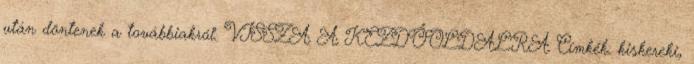
után döntenek a továbbiakról. VISSZA A KEZDŐOLDALRA Címkék: kiskereki,